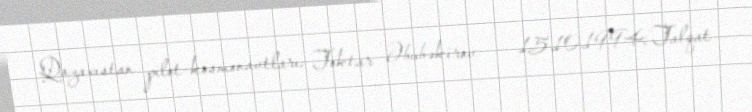
Qazaxıstan pilot-kosmonavtları: Toktar Əbubəkirov — 15.10.1994; Talqat